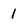
Character: 1